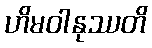
ဟိမဝါနုဿတိ